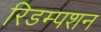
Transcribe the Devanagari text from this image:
रिडम्‍पशन